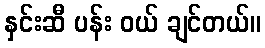
နှင်းဆီ ပန်း ဝယ် ချင်တယ်။